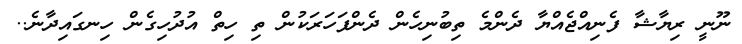
ނޫނީ ރިޔާޝާ ފެނިއްޖެއްޔާ ދެންމެ ތިބުނިހެން ދެންފަހަރަކުން ތި ހިތް އުދުހިގެން ހިނގައިދާނެ..